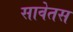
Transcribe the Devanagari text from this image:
सावेतस